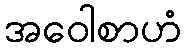
အဝေါစာဟံ